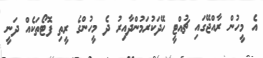
އެ މީހުން ރާއްޖޭގައި ޗުއްޓީ ހޭދަކުރަމުންދާއިރު ދެ މީހުންގެ ރީތި ފޮޓޯތަކެއް ދަނީ